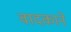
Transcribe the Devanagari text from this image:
वादकाने